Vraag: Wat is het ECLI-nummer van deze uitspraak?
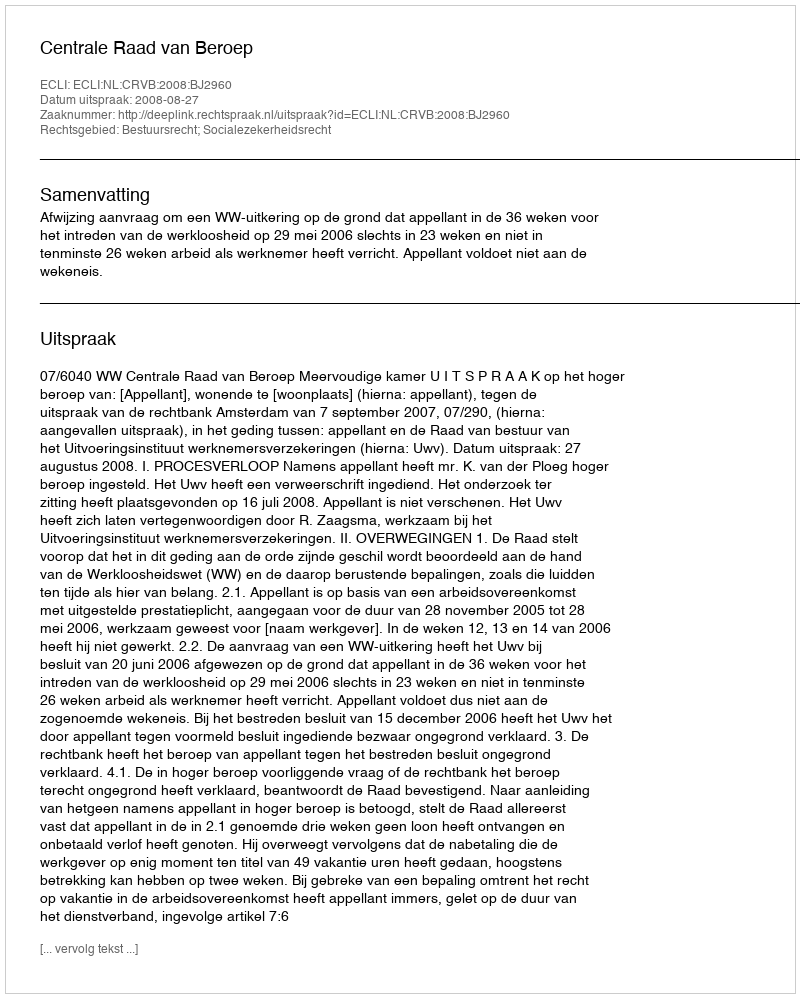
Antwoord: ECLI:NL:CRVB:2008:BJ2960